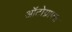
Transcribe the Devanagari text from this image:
ऑटोग्राफ्स